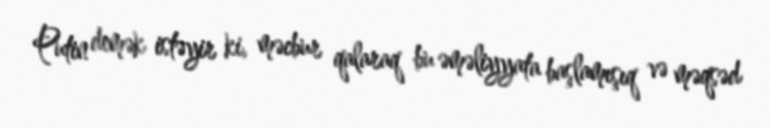
Putin demək istəyir ki, məcbur qalaraq bu əməliyyata başlamışıq və məqsəd